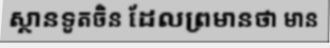
ស្ថានទូតចិន ដែលព្រមានថា មាន